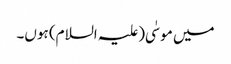
میں موسٰی(علیہ السلام) ہوں۔